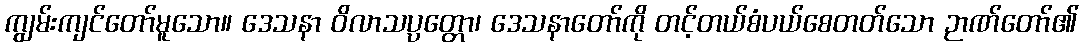
ကျွမ်းကျင်တော်မူသော။ ဒေသနာ ဝိလာသပ္ပတ္တော၊ ဒေသနာတော်ကို တင့်တယ်စံပယ်စေတတ်သော ဉာဏ်တော်၏